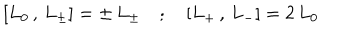
LaTeX: \left[ L _ { 0 } \, , \, L _ { \pm } \right] = \pm \, L _ { \pm } \quad ; \quad \left[ L _ { + } \, , \, L _ { - } \right] = 2 \, L _ { 0 }